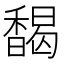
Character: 馤